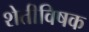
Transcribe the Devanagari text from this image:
शेतीविषक